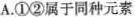
A.①②属于同种元素